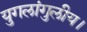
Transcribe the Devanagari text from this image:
युगलांगुलीय।